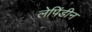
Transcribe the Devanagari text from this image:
लेपिंडीन